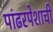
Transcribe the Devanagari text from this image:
पांढरपेशाची